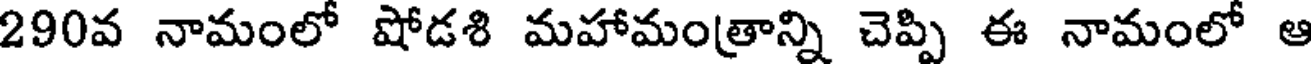
290వ నామంలో షోడశి మహామంత్రాన్ని చెప్పి ఈ నామంలో ఆ